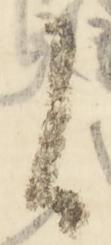
候